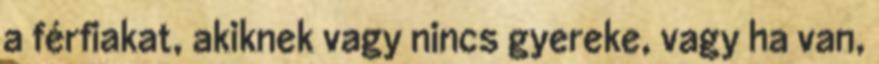
a férfiakat, akiknek vagy nincs gyereke, vagy ha van,